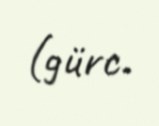
(gürc.